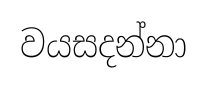
වයසදන්නා